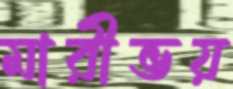
মারীভয়